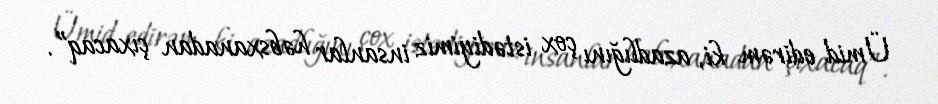
Ümid edirəm ki, azadlığını çox istədiyimiz insanlar həbsxanadan çıxacaq”.